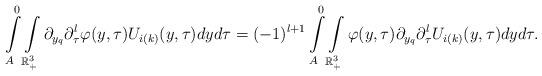
LaTeX: \begin{align*}\int\limits_{A}^{0}\int\limits_{\mathbb{R}^{3}_{+}}\partial_{y_{q}}\partial_{\tau}^{l}\varphi(y,\tau)U_{i(k)}(y,\tau) dy d\tau= (-1)^{l+1}\int\limits_{A}^{0}\int\limits_{\mathbb{R}^{3}_{+}}\varphi(y,\tau)\partial_{y_{q}}\partial_{\tau}^{l}U_{i(k)}(y,\tau) dy d\tau.\end{align*}